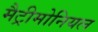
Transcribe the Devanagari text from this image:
मैट्रीमोनियल